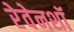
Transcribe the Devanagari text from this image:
रेवेनशॉ